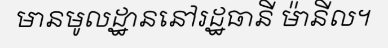
មានមូលដ្ឋាននៅរដ្ឋធានី ម៉ានីល។